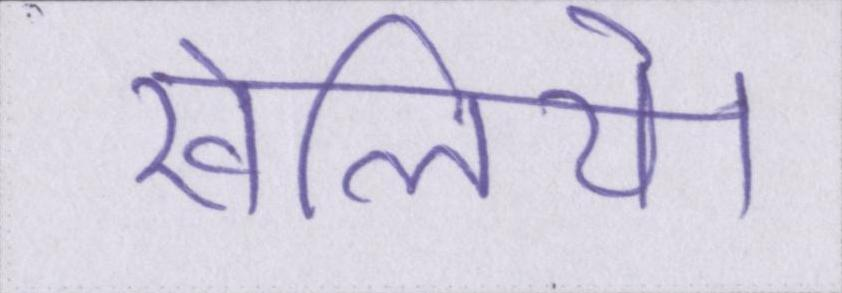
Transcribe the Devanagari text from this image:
खेलिये।